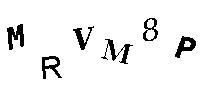
MRVM8P